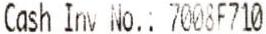
CASH INV NO.: 7008F710